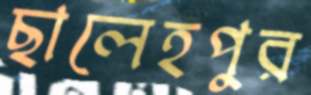
ছালেহপুর